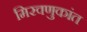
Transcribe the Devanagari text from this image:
मिरवणुकांत